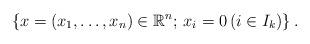
LaTeX: \begin{align*}\left\{x = (x_1,\dots,x_n) \in \mathbb{R}^n;\, x_i=0\, (i \in I_k)\right\}.\end{align*}